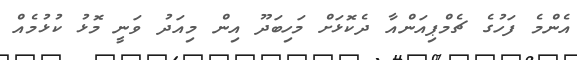
އެންމެ ފަހުގެ ޗެމްޕިއަންއާ ދެކޮޅަށް މަހިބަދޫ އިން މިއަދު ވަނީ މޮޅު ކުޅުމެއް